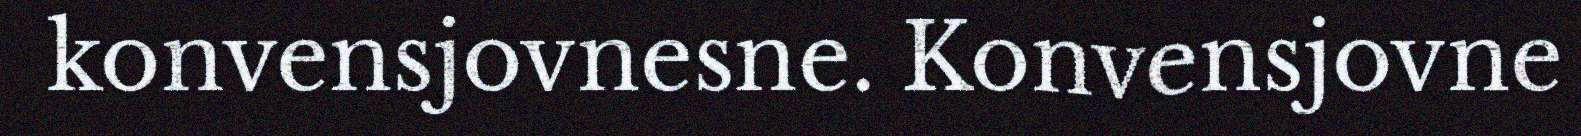
konvensjovnesne. Konvensjovne